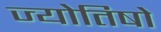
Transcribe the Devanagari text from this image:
ज्योतिषो